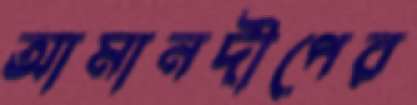
আমানদীপের